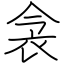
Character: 衾